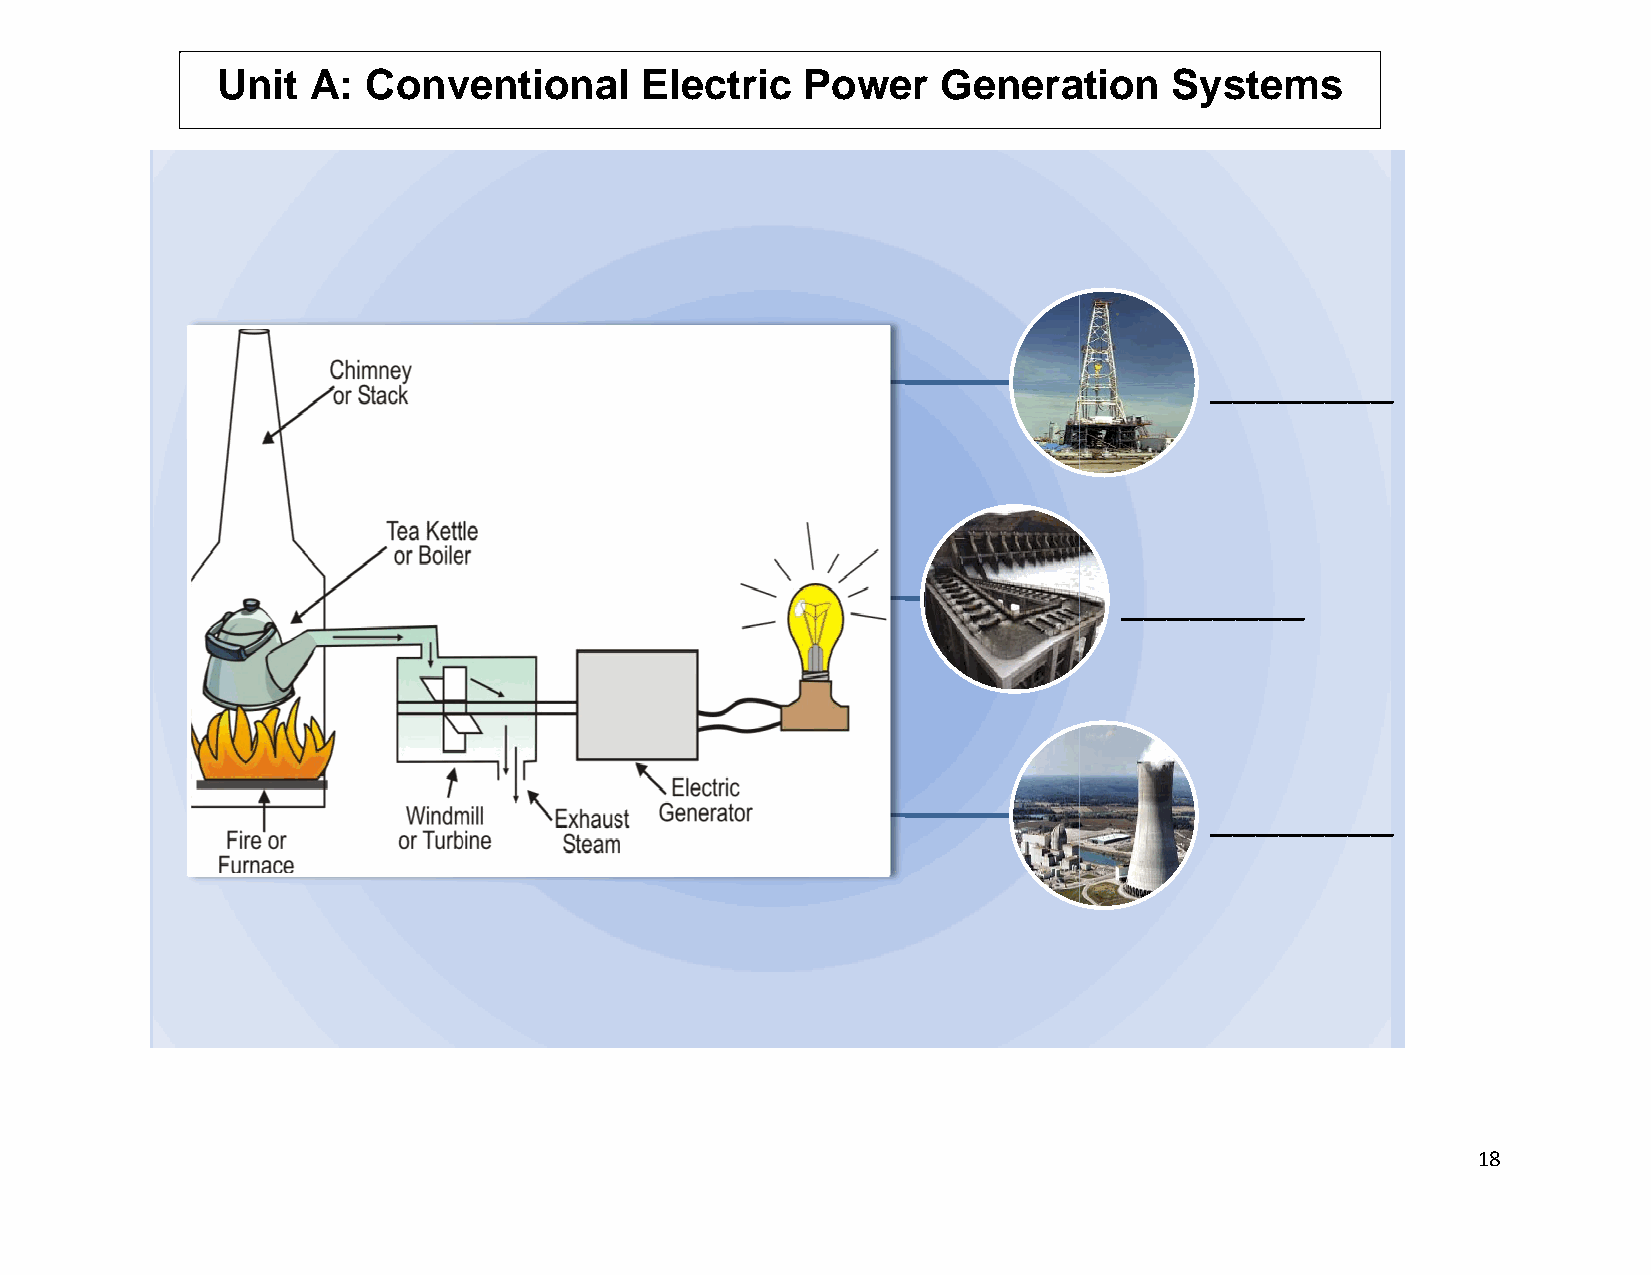
Unit  A:  Convventional     Electricc  Powerr   Generaation     Sysstems
 __________
 _________
 __________
 18